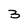
Character: 3